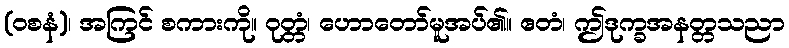
(ဝစနံ)၊ အကြင် စကားကို။ ဝုတ္တံ၊ ဟောတော်မူအပ်၏။ ဧတံ၊ ဤဒုက္ခအနတ္တသညာ